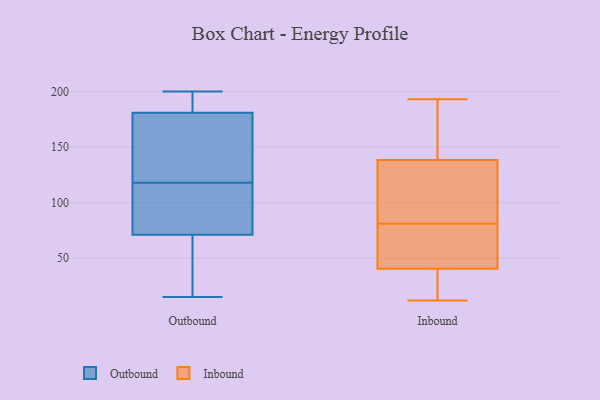
{"axis": {"x": "Operating Costs (USD K)", "y": "Value"}, "legend": ["Inbound", "Outbound"], "data": [{"x": "", "y": 181, "type": "Outbound"}, {"x": "", "y": 188, "type": "Outbound"}, {"x": "", "y": 65, "type": "Outbound"}, {"x": "", "y": 150, "type": "Outbound"}, {"x": "", "y": 15, "type": "Outbound"}, {"x": "", "y": 46, "type": "Outbound"}, {"x": "", "y": 73, "type": "Outbound"}, {"x": "", "y": 109, "type": "Outbound"}, {"x": "", "y": 200, "type": "Outbound"}, {"x": "", "y": 104, "type": "Outbound"}, {"x": "", "y": 150, "type": "Outbound"}, {"x": "", "y": 118, "type": "Outbound"}, {"x": "", "y": 181, "type": "Outbound"}, {"x": "", "y": 69, "type": "Inbound"}, {"x": "", "y": 43, "type": "Inbound"}, {"x": "", "y": 22, "type": "Inbound"}, {"x": "", "y": 12, "type": "Inbound"}, {"x": "", "y": 38, "type": "Inbound"}, {"x": "", "y": 80, "type": "Inbound"}, {"x": "", "y": 140, "type": "Inbound"}, {"x": "", "y": 130, "type": "Inbound"}, {"x": "", "y": 137, "type": "Inbound"}, {"x": "", "y": 35, "type": "Inbound"}, {"x": "", "y": 163, "type": "Inbound"}, {"x": "", "y": 86, "type": "Inbound"}, {"x": "", "y": 52, "type": "Inbound"}, {"x": "", "y": 193, "type": "Inbound"}, {"x": "", "y": 164, "type": "Inbound"}, {"x": "", "y": 82, "type": "Inbound"}]}